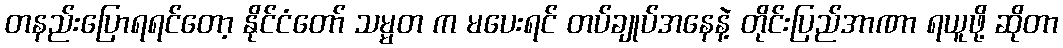
တနည်းပြောရရင်တော့ နိုင်ငံတော် သမ္မတ က မပေးရင် တပ်ချုပ်အနေနဲ့ တိုင်းပြည်အာဏာ ရယူဖို့ ဆိုတာ